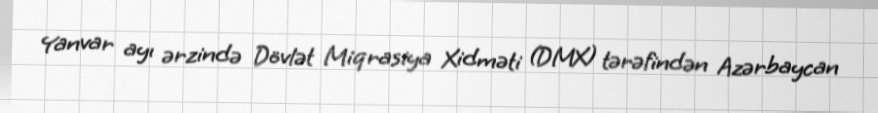
Yanvar ayı ərzində Dövlət Miqrasiya Xidməti (DMX) tərəfindən Azərbaycan